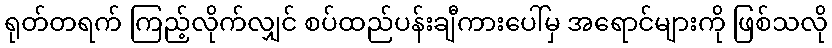
ရုတ်တရက် ကြည့်လိုက်လျှင် စပ်ထည်ပန်းချီကားပေါ်မှ အရောင်များကို ဖြစ်သလို